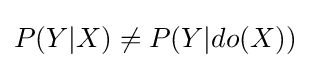
P(Y|X)\neq P(Y|do(X))